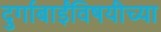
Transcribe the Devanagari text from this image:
दुर्गाबाईंविषयीच्या